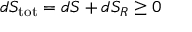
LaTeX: d S _ { \mathrm { t o t } } = d S + d S _ { R } \geq 0